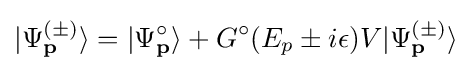
\vert {\Psi _{\mathbf {p} }^{(\pm )}}\rangle =\vert {\Psi _{\mathbf {p} }^{\circ }}\rangle +G^{\circ }(E_{p}\pm i\epsilon )V\vert {\Psi _{\mathbf {p} }^{(\pm )}}\rangle